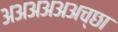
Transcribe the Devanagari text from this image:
अअअअअअच्छा